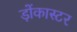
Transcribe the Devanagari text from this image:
ड़ोंकास्टर